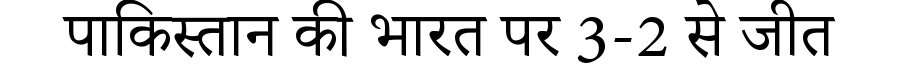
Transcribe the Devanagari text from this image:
पाकिस्तान की भारत पर 3-2 से जीत